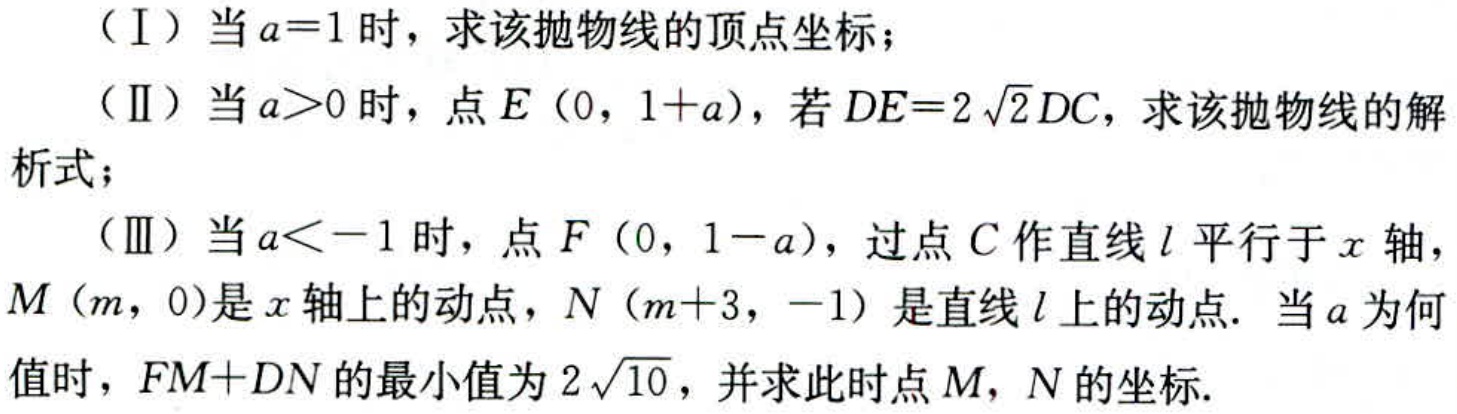
（Ⅰ）当\(a = 1\)时，求该抛物线的顶点坐标；
（Ⅱ）当\(a>0\)时，点\(E(0,1 + a)\)，若\(DE = 2\sqrt{2}DC\)，求该抛物线的解析式；
（Ⅲ）当\(a < - 1\)时，点\(F(0,1 - a)\)，过点\(C\)作直线\(l\)平行于\(x\)轴，\(M(m,0)\)是\(x\)轴上的动点，\(N(m + 3,-1)\)是直线\(l\)上的动点. 当\(a\)为何值时，\(FM + DN\)的最小值为\(2\sqrt{10}\)，并求此时点\(M\)，\(N\)的坐标.